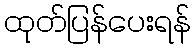
ထုတ်ပြန်ပေးရန်